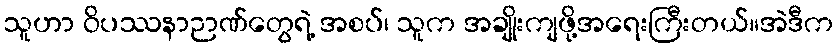
သူဟာ ဝိပဿနာဉာဏ်တွေရဲ့ အစပ်၊ သူက အချိုးကျဖို့အရေးကြီးတယ်။အဲဒီက